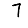
Digit: 7